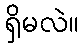
ရှိမလဲ။